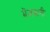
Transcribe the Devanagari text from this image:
मेंजबानी